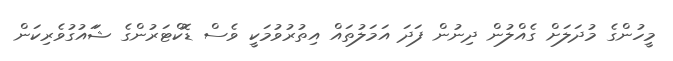
މީހުންގެ މުދަލަށް ގެއްލުން ދިނުން ފަދަ އަމަލުތައް އިތުުރުވުމަކީ ވެސް ޑޮކްޓަރުންގެ ޝަަައުގުވެރިކަން